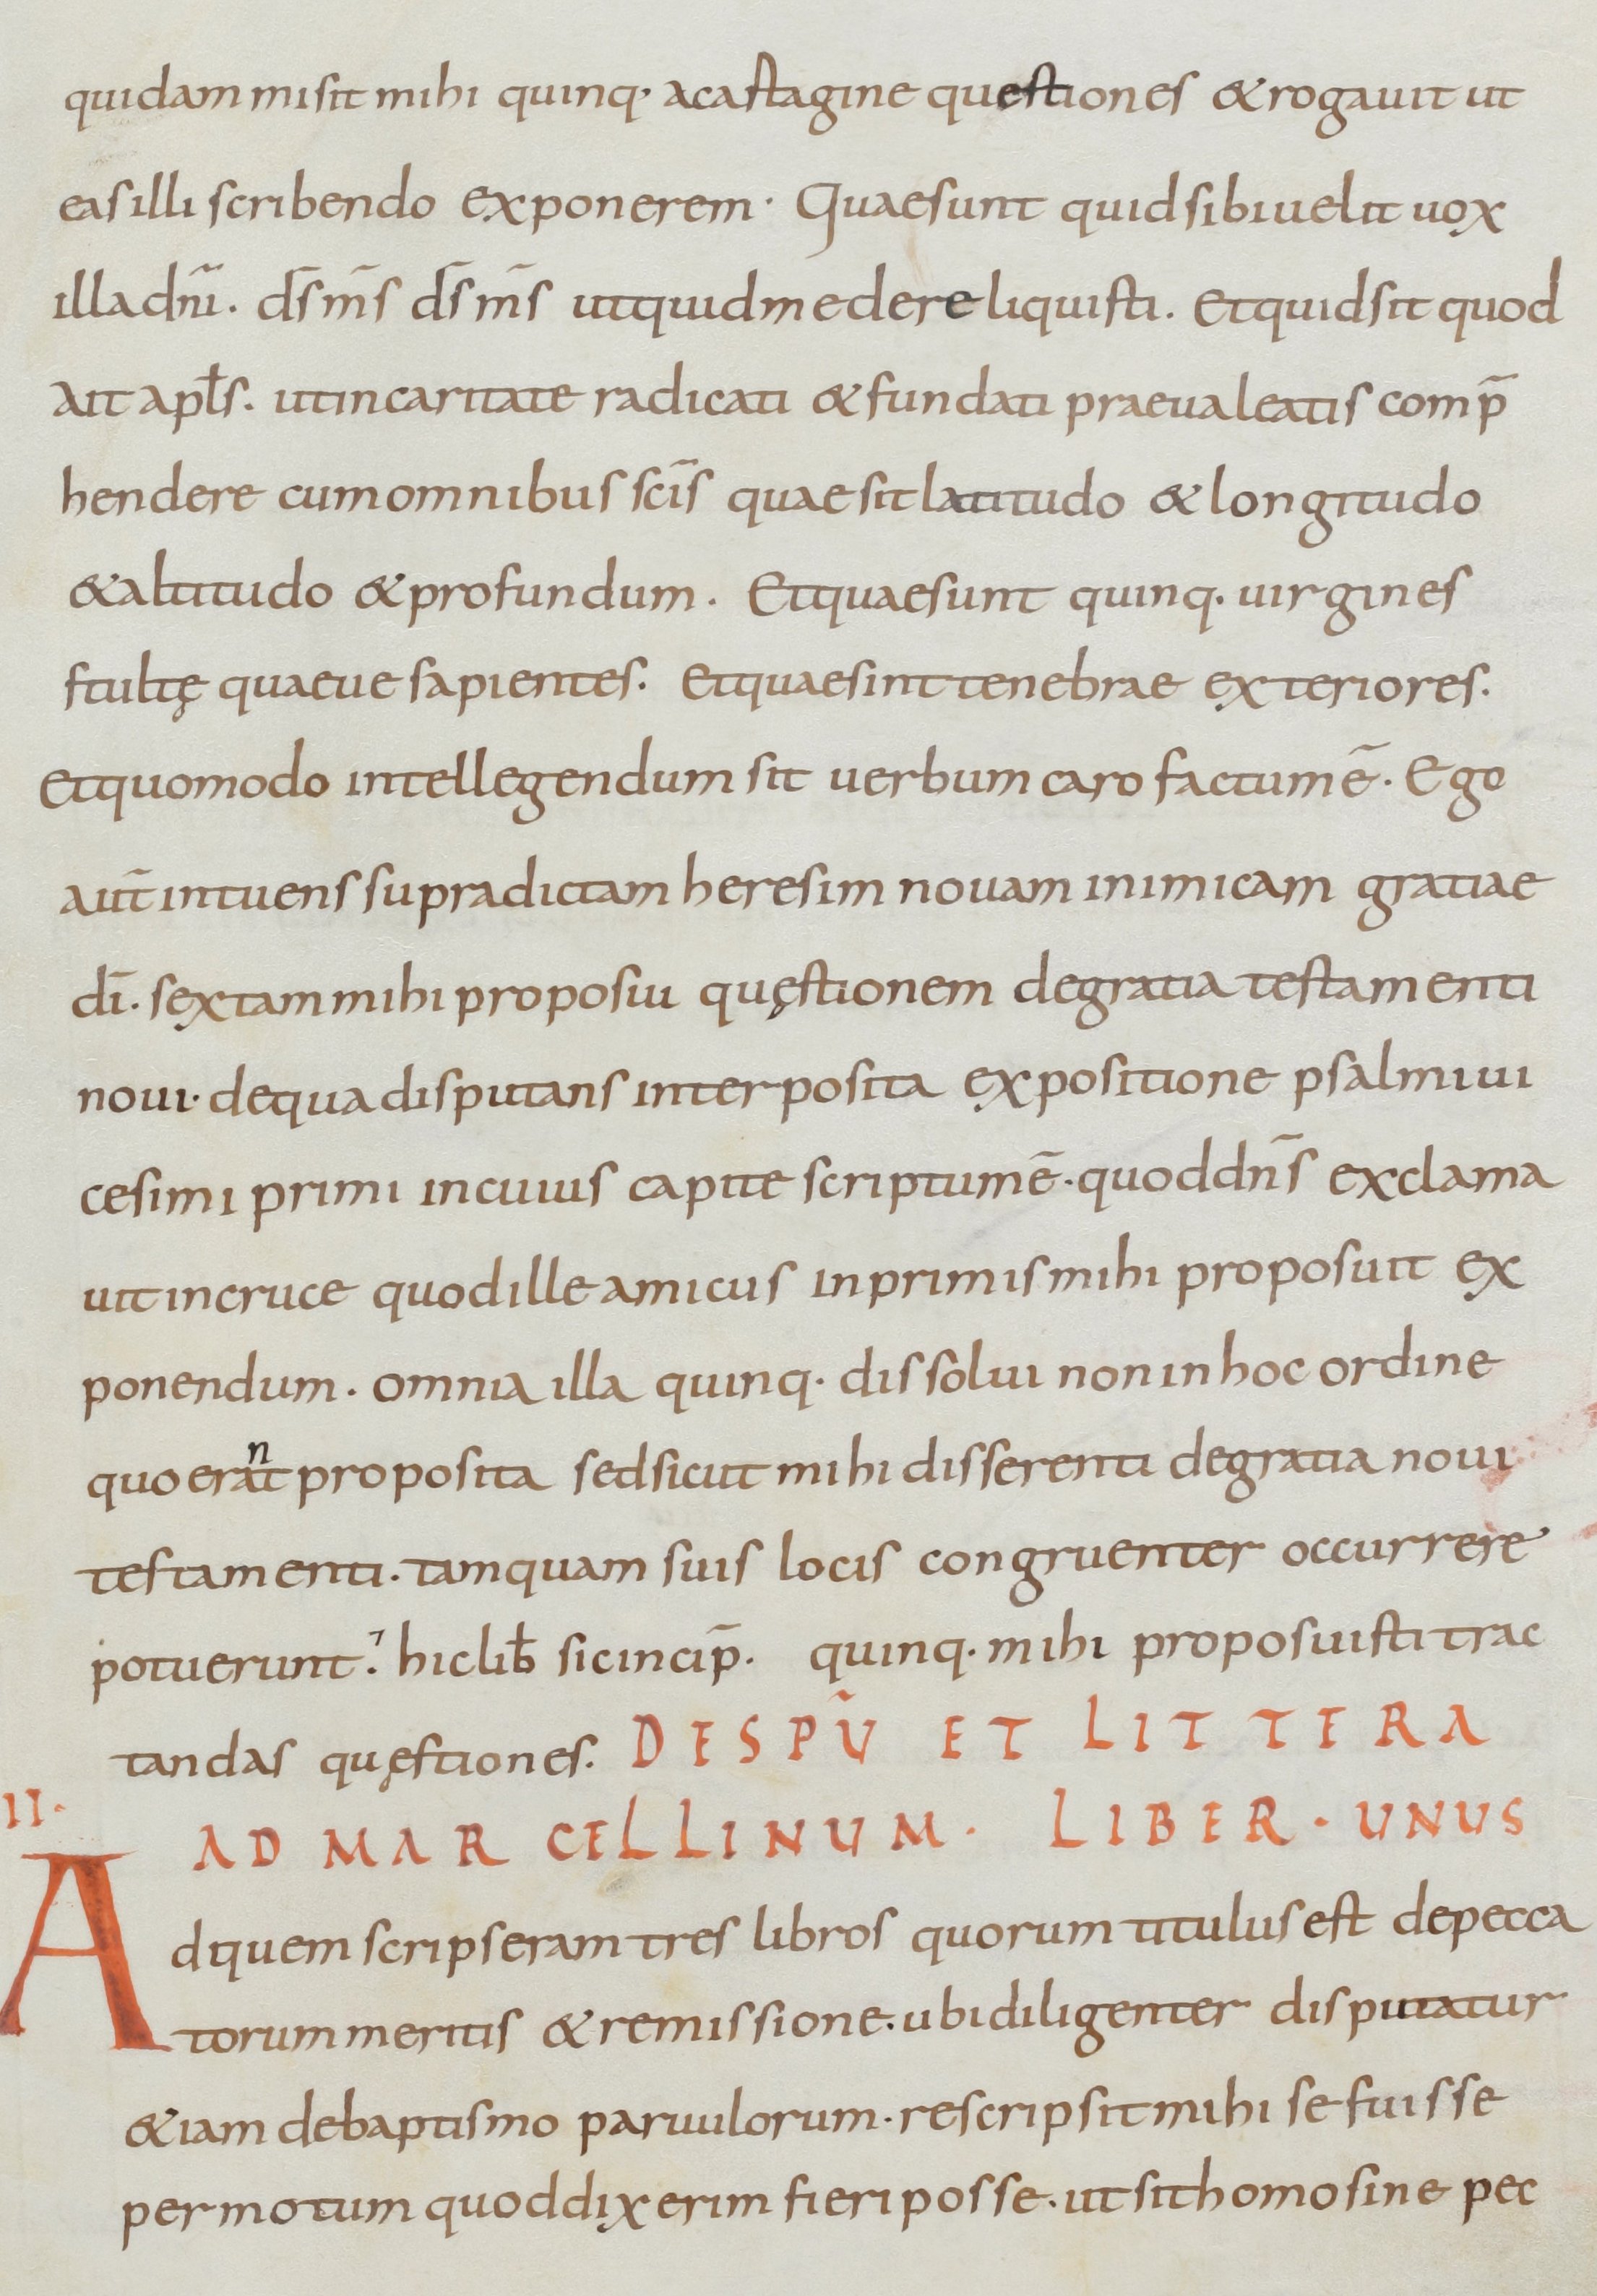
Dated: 800–899